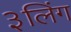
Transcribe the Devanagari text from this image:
३लिंग